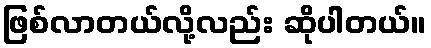
ဖြစ်လာတယ်လို့လည်း ဆိုပါတယ်။